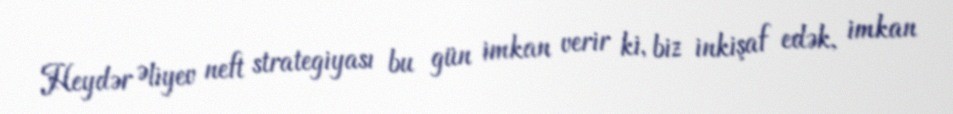
Heydər Əliyev neft strategiyası bu gün imkan verir ki, biz inkişaf edək, imkan